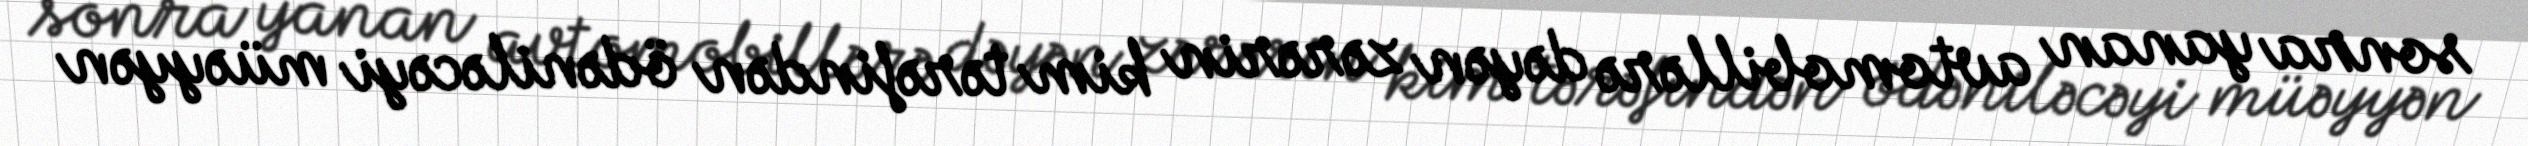
sonra yanan avtomobillərə dəyən zərərin kim tərəfindən ödəniləcəyi müəyyən